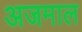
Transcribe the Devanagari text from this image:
अजमाल